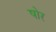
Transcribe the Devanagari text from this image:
षोर